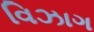
વિઝાગ